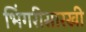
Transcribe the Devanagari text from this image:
भिंगरीसारखी